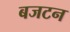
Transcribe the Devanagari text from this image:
बजटन